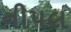
નીપલ